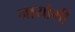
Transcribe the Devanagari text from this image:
नायोमी